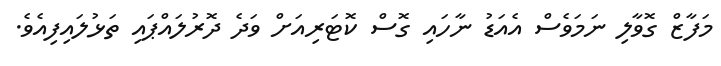
މަފާޒް ގޮވާލި ނަމަވެސް އެއަޑު ނާހައި ގޮސް ކޮޓަރިއަށް ވަދެ ދޮރުލައްޕައި ތަޅުލައިފިއެވެ.